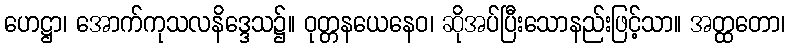
ဟေဋ္ဌာ၊ အောက်ကုသလနိဒ္ဒေသ၌။ ဝုတ္တနယေနေဝ၊ ဆိုအပ်ပြီးသောနည်းဖြင့်သာ။ အတ္ထတော၊